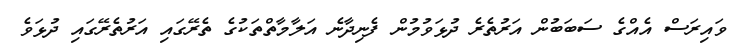
ވައިރަސް އެއްގެ ސަބަބުން އަރުތެރެ ދުޅަވުމުން ފެނިދާނެ އަލާމާތްތަކުގެ ތެރޭގައި އަރުތެރޭގައި ދުޅަވެ